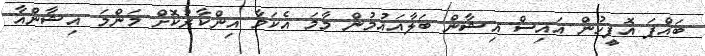
ބައްޕަ އޮފީހުން އައިސް އިޝާން ބަލާއައުމުން މާމަ އެކަމާ އިންކާރުކޮށް މަންމަ އިޝާންއާ